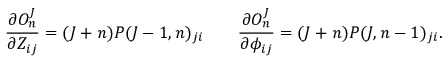
{ \frac { \partial O _ { n } ^ { J } } { \partial Z _ { i j } } } = ( J + n ) P ( J - 1 , n ) _ { j i } \qquad { \frac { \partial O _ { n } ^ { J } } { \partial \phi _ { i j } } } = ( J + n ) P ( J , n - 1 ) _ { j i } .